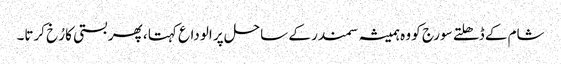
شام کے ڈھلتے سورج کو وہ ہمیشہ سمندر کے ساحل پر الوداع کہتا ، پھر بستی کا رُخ کرتا۔